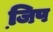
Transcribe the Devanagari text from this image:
जि़प